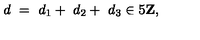
d \ = \ d _ { 1 } + \ d _ { 2 } + \ d _ { 3 } \in 5 { \bf Z } ,